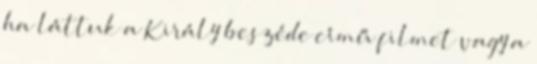
ha láttuk a Király beszéde című filmet vagy a